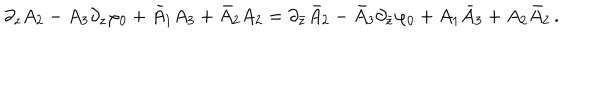
\partial _ { z } A _ { 2 } - A _ { 3 } \partial _ { z } \varphi _ { 0 } + \bar { A } _ { 1 } A _ { 3 } + \bar { A } _ { 2 } A _ { 2 } = \partial _ { \bar { z } } \bar { A } _ { 2 } - \bar { A } _ { 3 } \partial _ { \bar { z } } \varphi _ { 0 } + A _ { 1 } \bar { A } _ { 3 } + A _ { 2 } \bar { A } _ { 2 } \, .